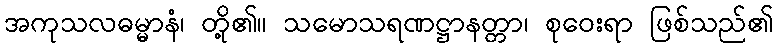
အကုသလဓမ္မာနံ၊ တို့၏။ သမောသရဏဋ္ဌာနတ္တာ၊ စုဝေးရာ ဖြစ်သည်၏